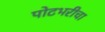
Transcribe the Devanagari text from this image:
पोटभरीचा